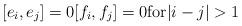
LaTeX: \begin{align*}[ e_i , e_j ] = 0 [ f_i , f_j ] = 0 \textrm{for} \vert i - j \vert > 1\end{align*}